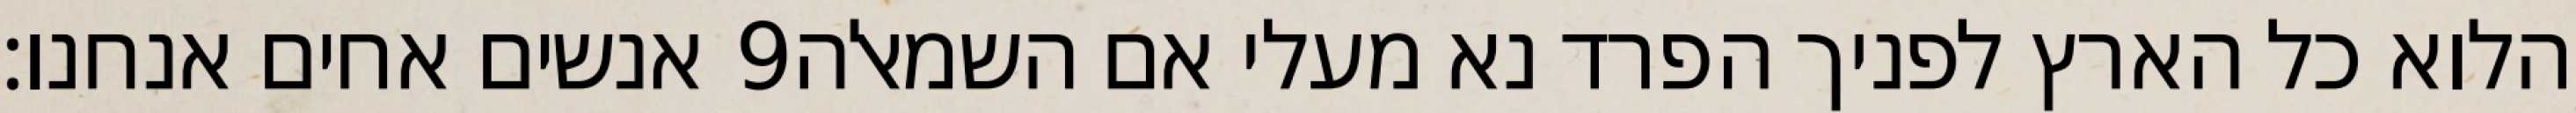
אנשים אחים אנחנו׃ ‎9‏ הלוא כל הארץ לפניך הפרד נא מעלי אם השמאלה